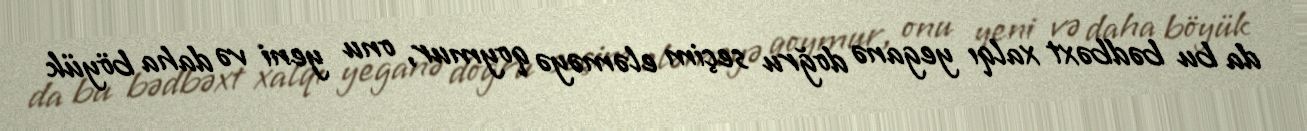
da bu bədbəxt xalqı yeganə doğru seçim eləməyə qoymur, onu yeni və daha böyük